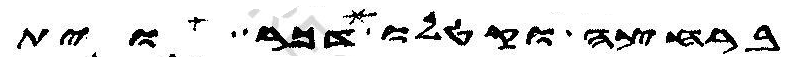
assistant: ברחצה וקטלו כל דכר וית